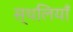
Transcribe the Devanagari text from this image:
स्थलियाँ